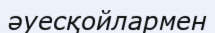
әуесқойлармен